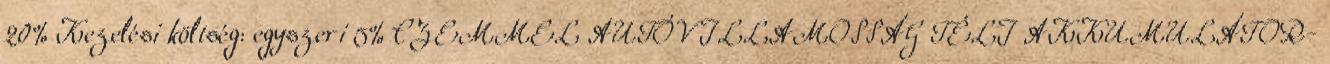
20% Kezelési költség: egyszeri 5% CZEMMEL AUTÓVILLAMOSSÁG TÉLI AKKUMULÁTOR-